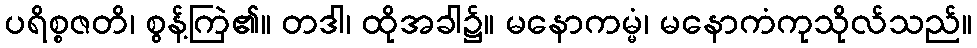
ပရိစ္စဇတိ၊ စွန့်ကြဲ၏။ တဒါ၊ ထိုအခါ၌။ မနောကမ္မံ၊ မနောကံကုသိုလ်သည်။